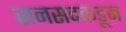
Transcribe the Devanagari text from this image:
सनसदकडून